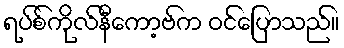
ရပ်စ်ကိုလ်နီကော့ဗ်က ဝင်ပြောသည်။